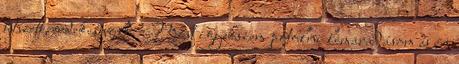
tetszett, érdekes volt. Most igyekszem pótolni lemaradásom és én